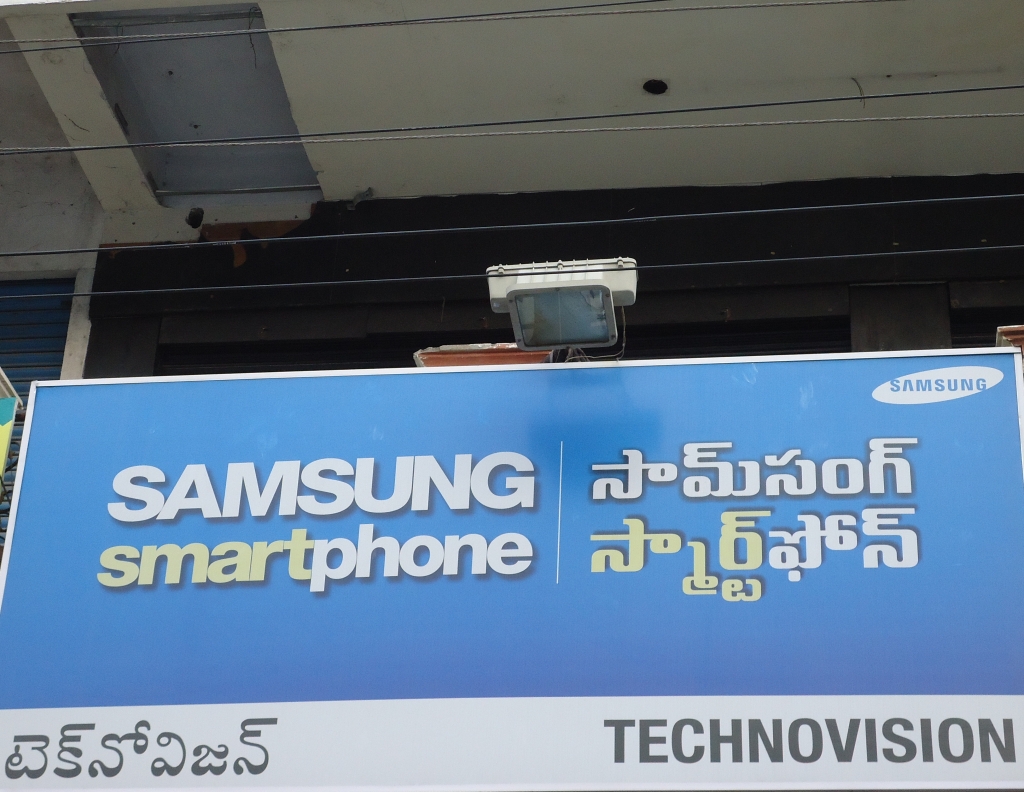
Language: telugu
Transcription: సామ్ సంగ్ టెక్ నోవిజన్